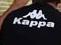
kappa